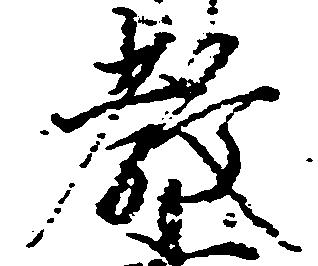
教